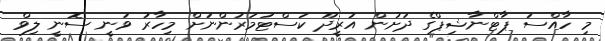
މި ހާއްސަ ޕާޓްނާޝިޕްގެ ދަށުން އުރީދޫ ކަސްޓަމަރުންނަށް މިހާރު ވަނީ ސޮނީ ލިވް